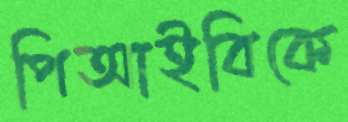
পিআইবিকে